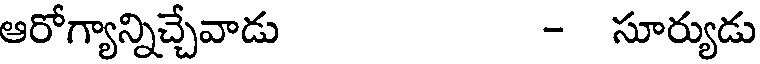
ఆరోగ్యాన్నిచ్చేవాడు - సూర్యుడు